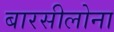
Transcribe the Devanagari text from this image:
बारसीलोना